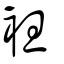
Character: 袒